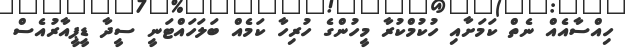
ހިއްސާއެއް ނެތް ކަމަށާއި ހުކުމްކުރާ މީހުންގެ ހުރިހާ ކަމެއް ބަލަހައްޓަނީ ސީދާ ޑީޕީއާރުއެސް